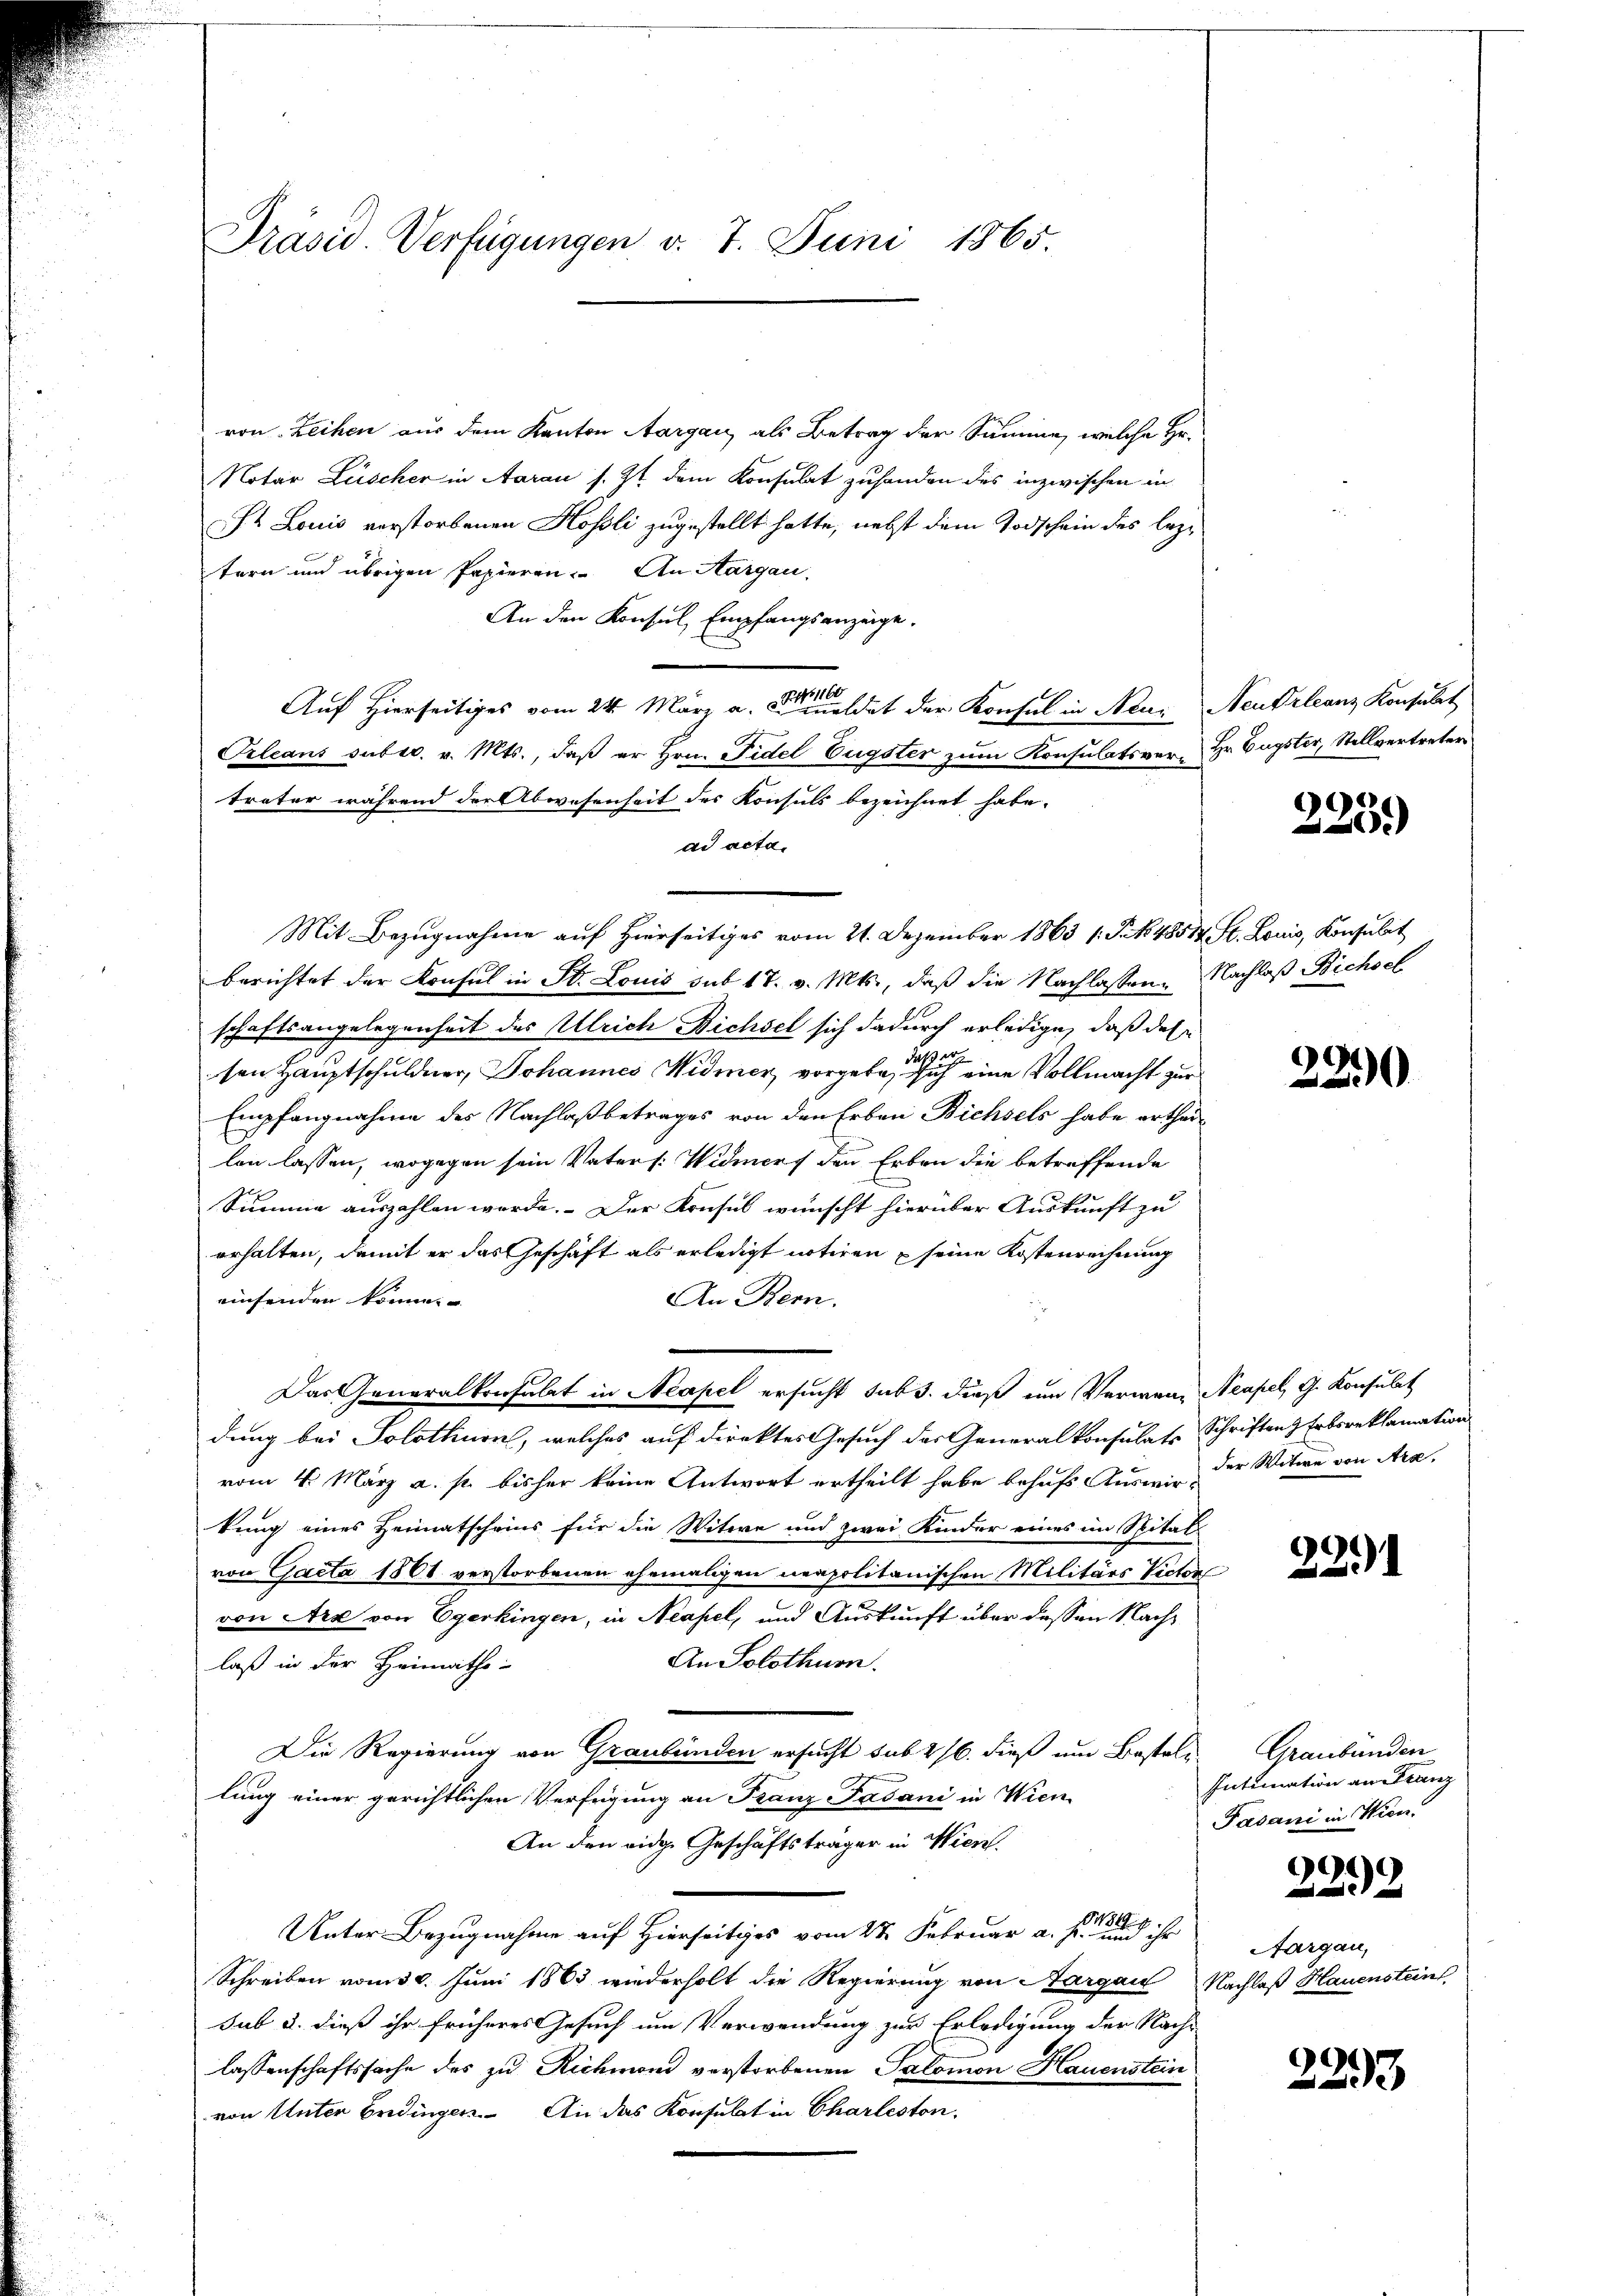
Präsid. Verfügungen v. 7. Juni 1865.

von Leihen aus dem Kanton Aargau, als Betrag der Summe, welche Hr.
Notar Lüscher in Aarau s. Zt. dem Konsulat zuhanden des inzwischen in
/4 Louis verstorbenen Hösli zugestellt hatte, nebst dem Todschein des leztern und übrigen Papieren. An Aargau,
An den Konsul Empfangsanzeige.
Auf hierseitiges vom 24. März a. dat der Konsul in Neue Neutrleanz Konsulat
Prleans subec. v. Mts., daß er Hrn. Fidel Eugster zum Konsulatsver- Hr. Eugster, Stellvertreter
treter während der Abwesenheit des Konsuls bezeichnet habe.
ad acta,
Mit Bezugnahme auf Hierseitiges vom 21. Dezember 1863 1 S. N. 48514 St. Louis, Konsulat
berichtet der Konsul in St. Louis sub 17. v. Mts., daß die Nachlassene Nachlaß Bichsel
schaftsangelegenheit des Ulrich Bichsel sich dadurch erledige, daß dahe
sen Hauptschuldner, Johannes Widmer, vorgeben sie ich eine Vollmacht zur
Empfangnahme des Nachlaßbetrages von den Erben Bichsels habe erthei-
len lassen, wogegen sein Vaters: Widmers den Erben die betreffende
Summe auszahlen werde. Der Konsul wünscht hierüber Auskunft zu
erhalten, damit er das Geschäft als erledigt notiren u seine Kostenrechnung
einsenden könne. |
An Bern.
Das Generalkonsulat in Neapel ersucht sub. dieß im Vermen Neapel, G. Konsulat
dung bei Solothurn, welches auf direktes Gesuch des Generalkonsulats Schriften Erbsreklamation
vom 4. März a. p. bisher keine Antwort ertheilt habe behufs Auswie der Witwe von Ara
kung eines Heimatscheins für die Witwe und zwei Kinder eines im Spital-
von Gacta 1861 verstorbenen ehemaligen neapolitanischen Militärs Victor
von Art von Egerkingen, in Neapel, und Auskunft über dessen Nach¬
An Solothurn.
laß in der Heimaths-
Die Regierung von Graubünden ersucht sub 216. dieß um Bestellung einer gerichtlichen Verfügung an Franz Fasani in Wien
An den eidge Geschäftsträger in Wien.
Unter Bezugnahme auf Hierseitiges vom 27. Februar a. s. und ihr
Schreiben vom 30. Juni 1863 wiederholt die Regierung von Aargau Nachlaß Hauenstein
sub 2. dieß ihr früheres Gesuch um Verwendung zur Erledigung der Nach-
lassenschaftssache des zu Richmond verstorbenen Salomon Hauenstein
von Unter Bedingen. An das Konsulat in Charleston.
d

225.)

2290

22.1

Graubünden
Intimation an Franz
Fasani in Wien.

9
x

Aargau,

223